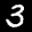
Label: 3